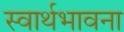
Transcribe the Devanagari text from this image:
स्वार्थभावना